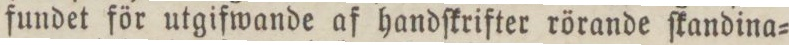
fundet för utgifwande af handſkrifter rörande ſkandina=